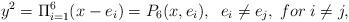
LaTeX: \begin{align*}y^2= \Pi_{i=1}^{6} (x-e_i) = P_6(x, e_i),\;\;e_i\neq e_j,\;for\;i \neq j,\end{align*}